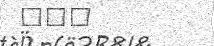
١٤٣